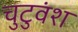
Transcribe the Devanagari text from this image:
चुटुवंश